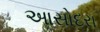
આસોદરા